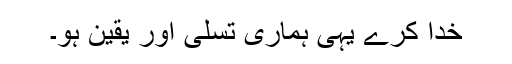
خدا کرے یہی ہماری تسلی اور یقین ہو۔